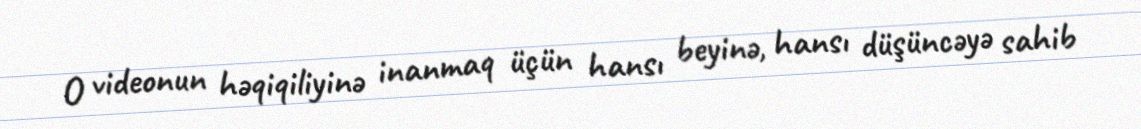
O videonun həqiqiliyinə inanmaq üçün hansı beyinə, hansı düşüncəyə sahib